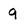
Character: 9